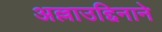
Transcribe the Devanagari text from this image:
अल्लाउद्दिनाने